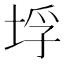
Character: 垺